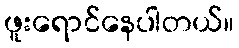
ဖူးရောင်နေပါတယ်။